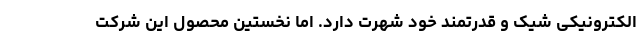
الکترونیکی شیک و قدرتمند خود شهرت دارد. اما نخستین محصول این شرکت